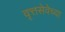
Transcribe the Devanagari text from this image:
वृत्तसेवेच्या